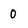
Character: 0